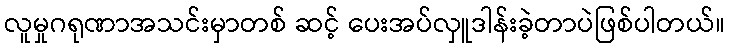
လူမှုဂရုဏာအသင်းမှာတစ် ဆင့် ပေးအပ်လှူဒါန်းခဲ့တာပဲဖြစ်ပါတယ်။